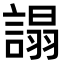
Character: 𧪦